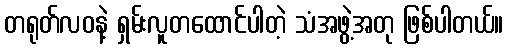
တရုတ်လဝနဲ့ ရှမ်းလူတထောင်ပါတဲ့ သံအဖွဲ့အတု ဖြစ်ပါတယ်။